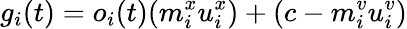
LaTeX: g_{i}(t)=o_{i}(t)(m_{i}^{x}u_{i}^{x})+(c-m_{i}^{v}u_{i}^{v})